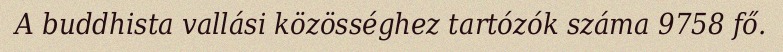
A buddhista vallási közösséghez tartózók száma 9758 fő.